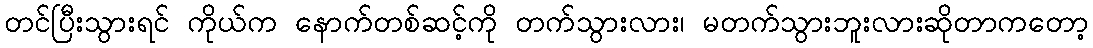
တင်ပြီးသွားရင် ကိုယ်က နောက်တစ်ဆင့်ကို တက်သွားလား၊ မတက်သွားဘူးလားဆိုတာကတော့